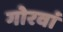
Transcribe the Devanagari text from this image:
गोरवां